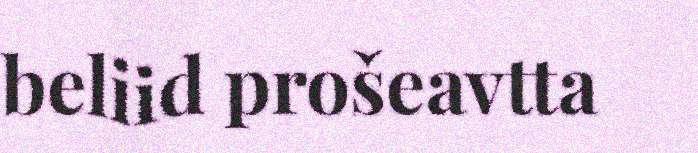
beliid prošeavtta